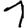
Digit: 1